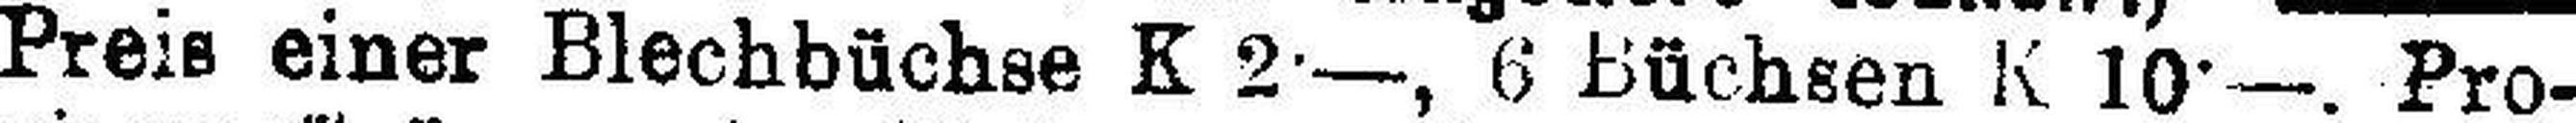
Preis einer Blechbüchse K 2•—, 6 Büchsen K 10•—. Pro¬